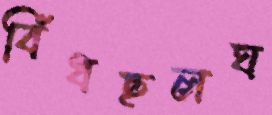
বিঁধছলঘ